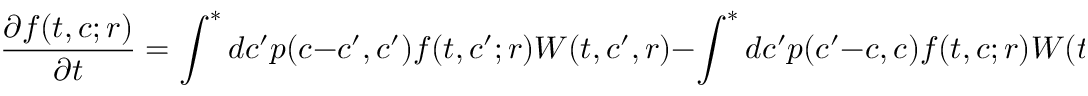
\frac { \partial f ( t , c ; r ) } { \partial t } = \int ^ { * } d c ^ { \prime } p ( c - c ^ { \prime } , c ^ { \prime } ) f ( t , c ^ { \prime } ; r ) W ( t , c ^ { \prime } , r ) - \int ^ { * } d c ^ { \prime } p ( c ^ { \prime } - c , c ) f ( t , c ; r ) W ( t , c , r ) ,